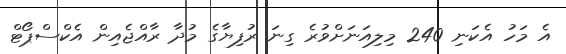
އެ މަހު އެކަނި 240 މިލިއަނަށްވުރެ ގިނަ ރުފިޔާގެ މުދާ ރާއްޖެއިން އެކްސްޕޯޓް